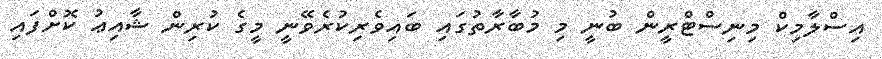
އިސްލާމިކް މިނިސްޓްރީން ބުނީ މި މުބާރާތުގައި ބައިވެރިކުރެވޭނީ މީގެ ކުރިން ޝާއިޢު ކޮށްފައި